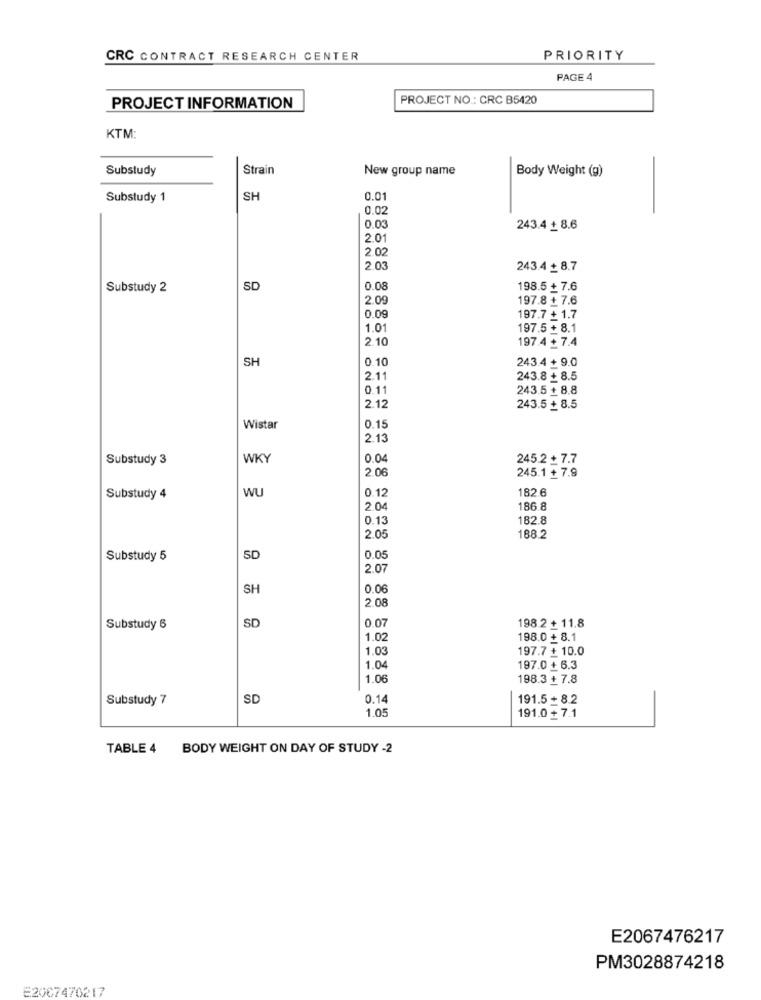
CRC CONTRACT RESEARCH CENTER
PRIORITY
PAGE 4
PROJECT NO .: CRC B5420
PROJECT INFORMATION
KTM
Substudy
Strain
New group name
Body Weight (g)
Substudy 1
SH
0.01
0.02
0.0
243.4 + 8.6
2.01
2.0
2 0
243.4 + 8.7
Substudy 2
SD
0.08
198.5 + 7.6
2.0
197.8 + 7.6
0.09
197.7 + 1.7
1.01
197.5 + 8.1
2.10
197.4 + 7.4
SH
0.10
243.4 + 9.0
2.11
243.8 + 8.5
0.1
243.5 + 8.8
2.12
243.5 + 8.5
Wistar
0.15
2.13
Substudy 3
WKY
0.04
245.2 + 7.7
2.0€
245.1 + 7.9
WU
0.12
182.6
Substudy 4
2.0
186.8
0.13
182.8
2.0
188.2
Substudy 5
SD
0.05
2.07
SH
0.06
2.0
SD
0.07
198.2 + 11.8
Substudy 6
1.0
198.0 + 8.1
1.03
197.7 + 10.0
1.04
197.0 + 6.3
1.0
198.3 + 7.8
Substudy 7
SD
0.1
191.5 + 8.2
1.0
191.0+ 7.1
TABLE 4 BODY WEIGHT ON DAY OF STUDY -2
E2067476217
PM3028874218
E2007470217